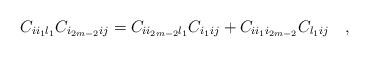
LaTeX: \begin{align*}C_{ii_1l_1}C_{i_{2m-2}ij}=C_{ii_{2m-2}l_1}C_{i_1ij}+C_{ii_1i_{2m-2}}C_{l_1ij} \quad , \end{align*}